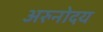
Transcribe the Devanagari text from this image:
अरुनोदय